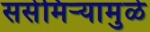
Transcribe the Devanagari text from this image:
ससेमिऱ्यामुळे